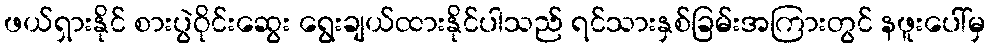
ဖယ်ရှားနိုင် စားပွဲဝိုင်းဆွေး ရွေးချယ်ထားနိုင်ပါသည် ရင်သားနှစ်ခြမ်းအကြားတွင် နဖူးပေါ်မှ